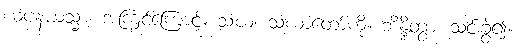
ယံပနယသ္မာ၊ အကြင်ကြောင့်။ သံဃံ၊ သံဃာတော်ကို။ ဘိန္ဒိတွာ၊ သင်းခွဲ၍။